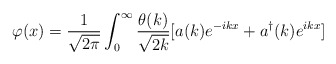
\begin{align*}\varphi (x) = \frac{1}{\sqrt{2\pi}} \int_0^{\infty} \frac{\theta(k)}{\sqrt{2k}}[a(k)e^{-ikx}+a^{\dag}(k)e^{ikx}]\end{align*}